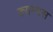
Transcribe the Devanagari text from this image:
क्यम्पस